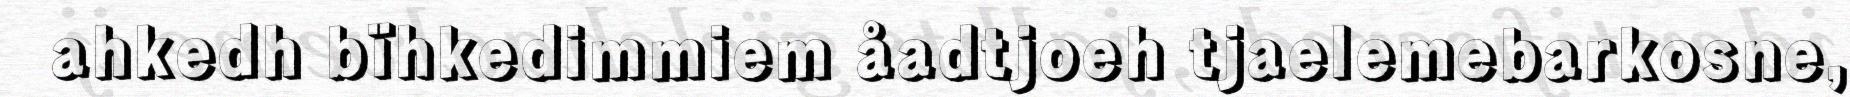
ahkedh bïhkedimmiem åadtjoeh tjaelemebarkosne,